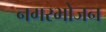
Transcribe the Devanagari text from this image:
नगरभोजन